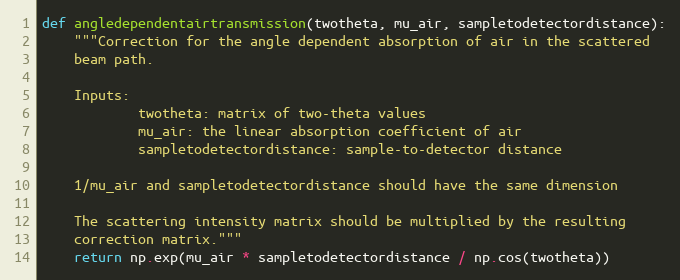
Language: Python
def angledependentairtransmission(twotheta, mu_air, sampletodetectordistance):
    """Correction for the angle dependent absorption of air in the scattered
    beam path.

    Inputs:
            twotheta: matrix of two-theta values
            mu_air: the linear absorption coefficient of air
            sampletodetectordistance: sample-to-detector distance

    1/mu_air and sampletodetectordistance should have the same dimension

    The scattering intensity matrix should be multiplied by the resulting
    correction matrix."""
    return np.exp(mu_air * sampletodetectordistance / np.cos(twotheta))